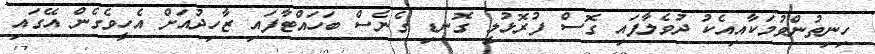
ހިނިތުންވުމަކާއިއެކު ދުވެލާފައި ގޮސް ފުރޮޅުލީ ގޮނޑި ގެނެސް ބަހައްޓާފައި ޒާހިދުއަށް އެހީވެގެން އޭގައި